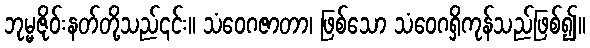
ဘုမ္မဇိုဝ်းနတ်တို့သည်၎င်း။ သံဝေဂဇာတာ၊ ဖြစ်သော သံဝေဂရှိကုန်သည်ဖြစ်၍။